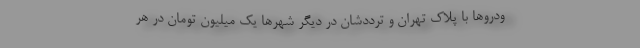
ودروها با پلاک تهران و ترددشان در دیگر شهرها یک میلیون تومان در هر